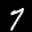
Label: 7